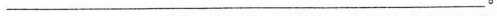
___。